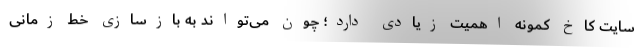
سایت کاخ کمونه اهمیت زیادی دارد؛ چون می‌تواند به بازسازی خط زمانی